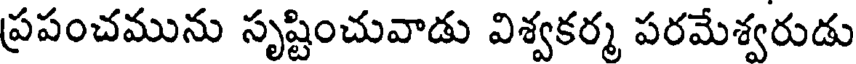
ప్రపంచమును సృష్టించువాడు విశ్వకర్మ పరమేశ్వరుడు